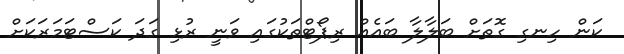
ކަން ހިނގި ގޮތަށް ބަލާލާ ބައެއް ރިޕޯޓްތަކުގައި ވަނީ ރުޅި ގަދަ ކަސްޓަމަރަކަށް